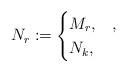
LaTeX: \begin{align*}N_r\coloneqq \begin{cases}M_r,&,\\N_k,&\end{cases}\end{align*}